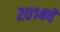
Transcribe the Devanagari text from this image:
२०१४चे